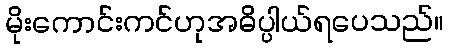
မိုးကောင်းကင်ဟုအဓိပ္ပါယ်ရပေသည်။